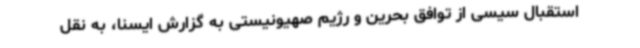
استقبال سیسی از توافق بحرین و رژیم صهیونیستی به گزارش ایسنا، به نقل